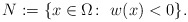
\begin{align*}N:=\{x\in \Omega \colon ~w(x)<0\}.\end{align*}